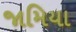
જામિયા